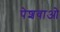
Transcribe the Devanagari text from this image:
पेशवाओ